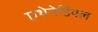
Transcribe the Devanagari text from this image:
एथेनेडियल